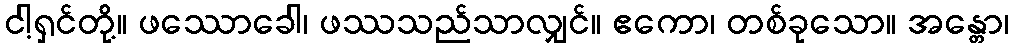
ငါ့ရှင်တို့။ ဖဿောခေါ၊ ဖဿသည်သာလျှင်။ ဧကော၊ တစ်ခုသော။ အန္တော၊